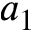
a _ { 1 }